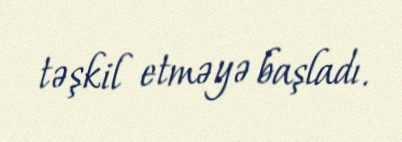
təşkil etməyə başladı.